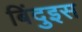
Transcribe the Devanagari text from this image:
बिंदुइस